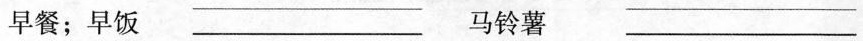
早餐；早饭 ___ 马铃薯 ___